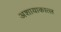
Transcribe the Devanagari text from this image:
अशायाकात्ल